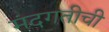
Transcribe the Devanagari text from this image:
मंदगतीची